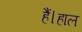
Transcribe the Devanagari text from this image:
हैं।हाल